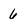
Character: 6